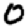
Digit: 0